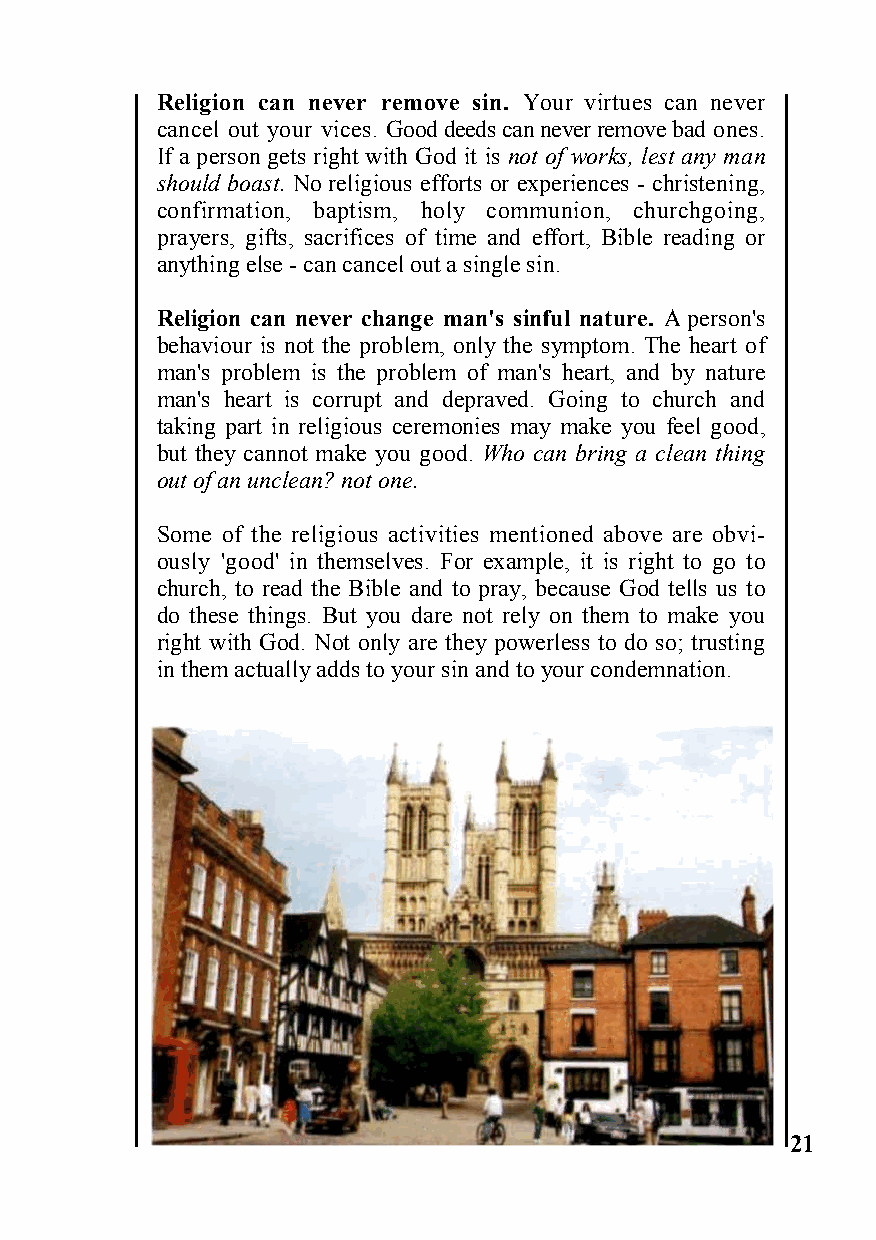
Religion can never remove sin. Your virtues can never
 cancel out your vices. Good deeds can never remove bad ones.
 If a person gets right with God it is not of works, lest any man
 should boast. No religious efforts or experiences - christening,
 confirmation, baptism, holy communion, churchgoing,
 prayers, gifts, sacrifices of time and effort, Bible reading or
 anything else - can cancel out a single sin.
 Religion can never change man's sinful nature. A person's
 behaviour is not the problem, only the symptom. The heart of
 man's problem is the problem of man's heart, and by nature
 man's heart is corrupt and depraved. Going to church and
 taking part in religious ceremonies may make you feel good,
 but they cannot make you good. Who can bring a clean thing
 out of an unclean? not one.
 Some of the religious activities mentioned above are obvi-
 ously 'good' in themselves. For example, it is right to go to
 church, to read the Bible and to pray, because God tells us to
 do these things. But you dare not rely on them to make you
 right with God. Not only are they powerless to do so; trusting
 in them actually adds to your sin and to your condemnation.
 21